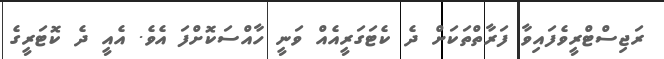
ރަޖިސްޓްރީވެފައިވާ ފަރާތްތަކަށް ދެ ކެޓަގަރީއެއް ވަނީ ހާއްސަކޮށްފަ އެވެ. އެއީ ދެ ކޮޓަރީގެ